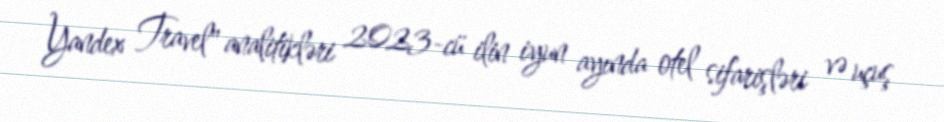
Yandex Travel" analitikləri 2023-cü ilin iyun ayında otel sifarişləri və uçuş